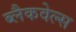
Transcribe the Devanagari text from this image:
ब्‍लैकवेल्‍स